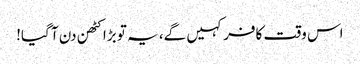
اس وقت کافر کہیں گے، یہ تو بڑا کٹھن دن آ گیا!